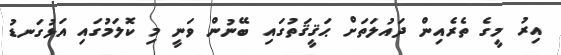
އިރު މީގެ ތެރެއިން ދައުލަތަށް ޙަޤީޤަތުގައި ބޭނުން ވަނީ މި ކޮލަމުގައި އަޅުގަނޑު